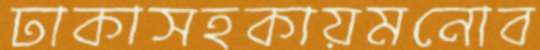
ঢাকাসহকায়মনোব